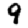
Digit: 9